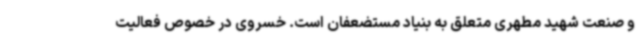
و صنعت شهید مطهری متعلق به بنیاد مستضعفان است. خسروی در خصوص فعالیت